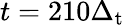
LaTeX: t=210\Delta_{\mathrm{t}}